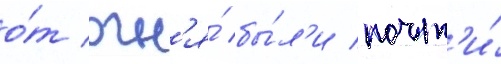
о́т огн'я́ бы́л'и почт'и́